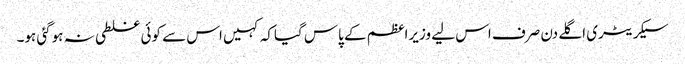
سیکریٹری اگلے دن صرف اس لیے وزیراعظم کے پاس گیاکہ کہیں اس سے کوئی غلطی نہ ہوگئی ہو۔